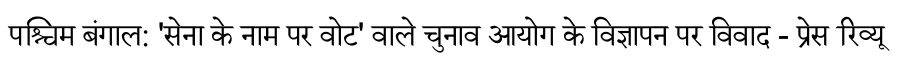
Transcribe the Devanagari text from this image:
पश्चिम बंगाल: 'सेना के नाम पर वोट' वाले चुनाव आयोग के विज्ञापन पर विवाद - प्रेस रिव्यू